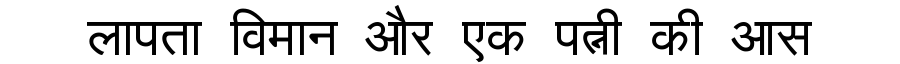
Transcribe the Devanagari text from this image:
लापता विमान और एक पत्नी की आस